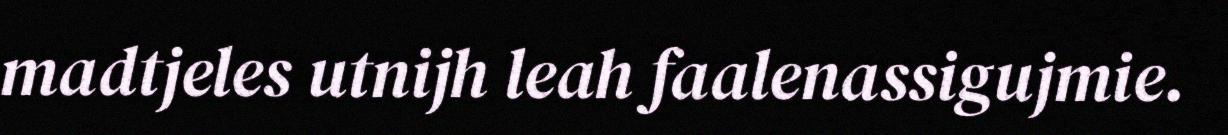
madtjeles utnijh leah faalenassigujmie.